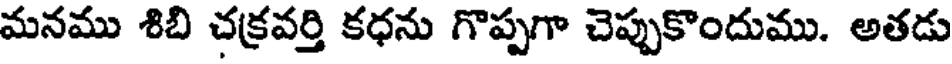
మనము శిబి చక్రవర్తి కధను గొప్పగా చెప్పుకొందుము. అతడు